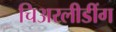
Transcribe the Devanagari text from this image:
चिअरलीडींग